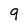
Character: 9